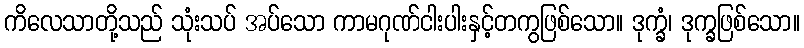
ကိလေသာတို့သည် သုံးသပ် အပ်သော ကာမဂုဏ်ငါးပါးနှင့်တကွဖြစ်သော။ ဒုက္ခံ၊ ဒုက္ခဖြစ်သော။